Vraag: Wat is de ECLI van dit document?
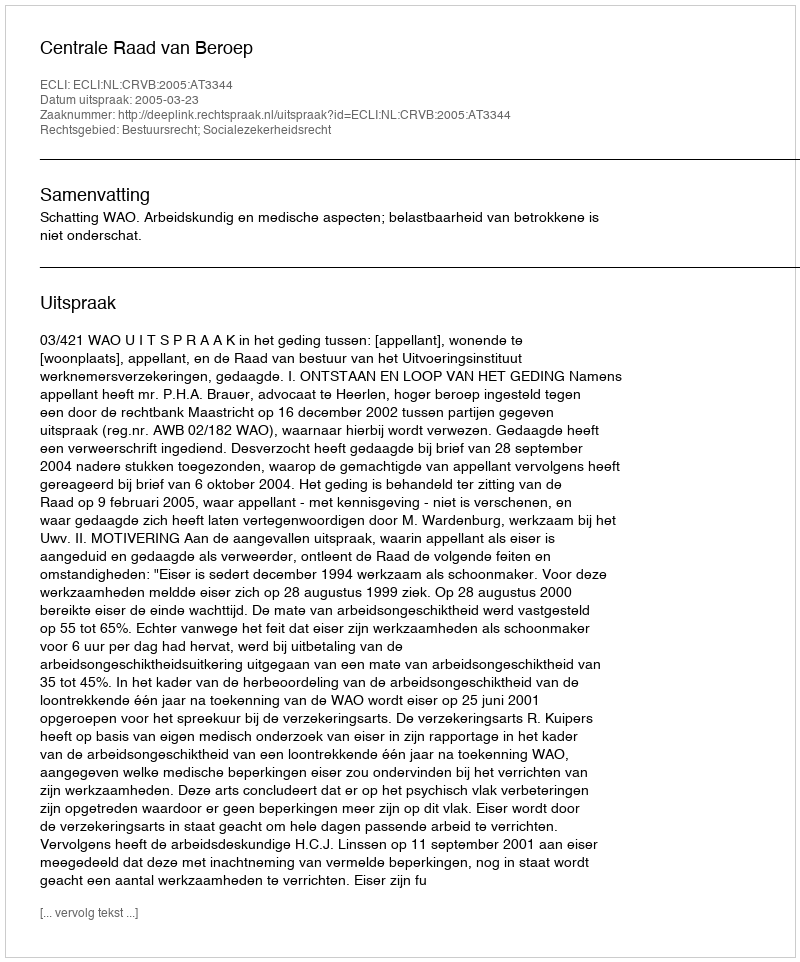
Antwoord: ECLI:NL:CRVB:2005:AT3344